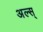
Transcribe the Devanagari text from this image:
अल्स्